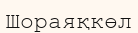
Шораяқкөл